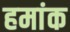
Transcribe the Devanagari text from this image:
हमांक